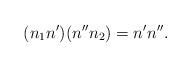
LaTeX: \begin{align*} (n_1n')(n''n_2) = n'n''.\end{align*}